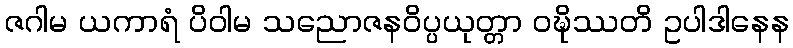
ဇဂါမ ယကာရံ ပိဝါမ သညောဇနဝိပ္ပယုတ္တာ ဝဍ္ဎိဿတိ ဥပါဒါနေန